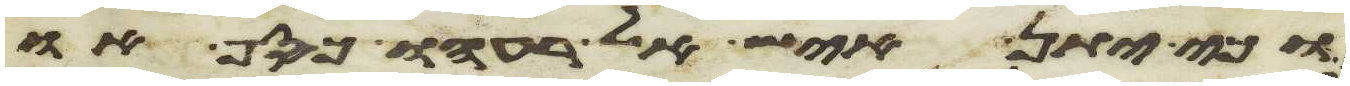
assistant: וכי יתן איש אל רעהו כסף או